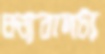
ধন্যবাদটা